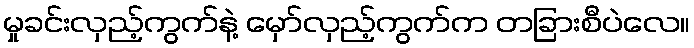
မှုခင်းလှည့်ကွက်နဲ့ မှော်လှည့်ကွက်က တခြားစီပဲလေ။